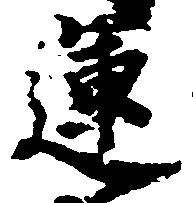
運